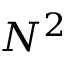
N ^ { 2 }